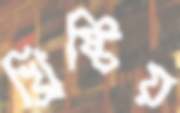
খ্রিষ্টিয়